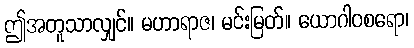
ဤအတူသာလျှင်။ မဟာရာဇ၊ မင်းမြတ်။ ယောဂါဝစရော၊